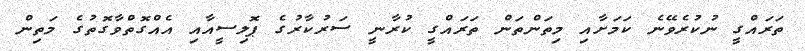
ތަރައްގީ ނުކުރެވޭނެ ކަމަށާއި މިތަންތަން ތަރައްގީ ކުރާނީ ސަރުކާރުގެ ޕޮލިސީއާއި އެއްގޮތްވާގޮތުގެ މަތިން